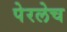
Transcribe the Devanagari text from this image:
पेरलेच